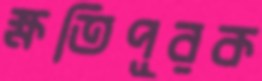
ক্ষতিপূরক